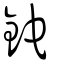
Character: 鉈